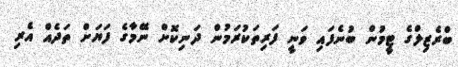
ބްރެޒިލްގެ ޓީމުން ބުނެފައި ވަނީ ފަރިތަކުރަމުން ދަނިކޮށް ނޭމާގެ ފަޔަށް ތަދެއް އެރި